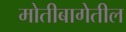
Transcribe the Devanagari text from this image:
मोतीबागेतील